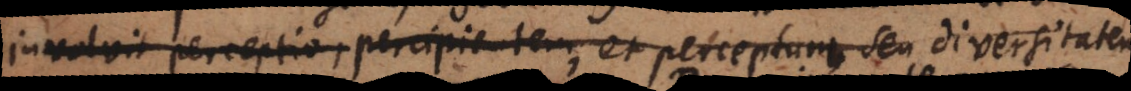
involvit perceptio, percipientem, et perceptum, seu diversitatem